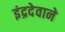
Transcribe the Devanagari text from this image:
इंद्रदेवाने